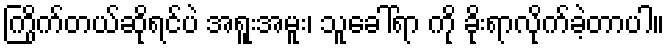
ကြိုက်တယ်ဆိုရင်ပဲ အရူးအမူး၊ သူခေါ်ရာ ကို ခိုးရာလိုက်ခဲ့တာပါ။